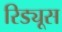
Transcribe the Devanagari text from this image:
रिड्यूस